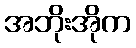
အဘိုးအိုက